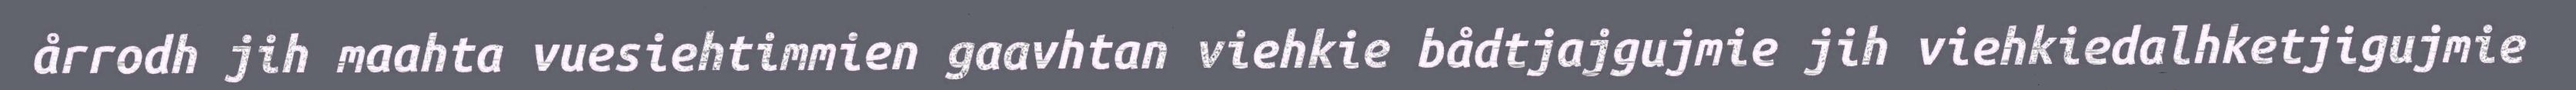
årrodh jih maahta vuesiehtimmien gaavhtan viehkie bådtjajgujmie jih viehkiedalhketjigujmie